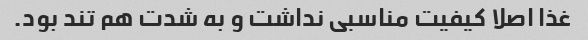
غذا اصلا کیفیت مناسبی نداشت و به شدت هم تند بود.